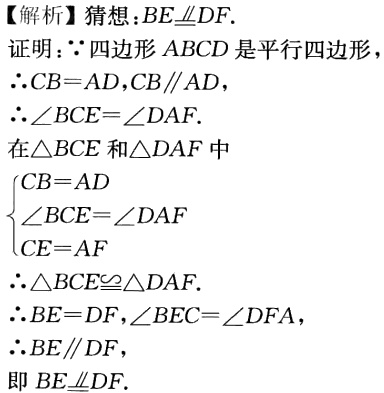
【解析】猜想：\(BE\equalparallel DF\).
证明：\(\because\)四边形\(ABCD\)是平行四边形，
\(\therefore CB = AD,CB\parallel AD\)，
\(\therefore\angle BCE=\angle DAF\).
在\(\triangle BCE\)和\(\triangle DAF\)中
\(\begin{cases}
CB = AD\\
\angle BCE=\angle DAF\\
CE = AF
\end{cases}\)
\(\therefore\triangle BCE\cong\triangle DAF\).
\(\therefore BE = DF,\angle BEC=\angle DFA\)，
\(\therefore BE\parallel DF\)，
即\(BE\equalparallel DF\).